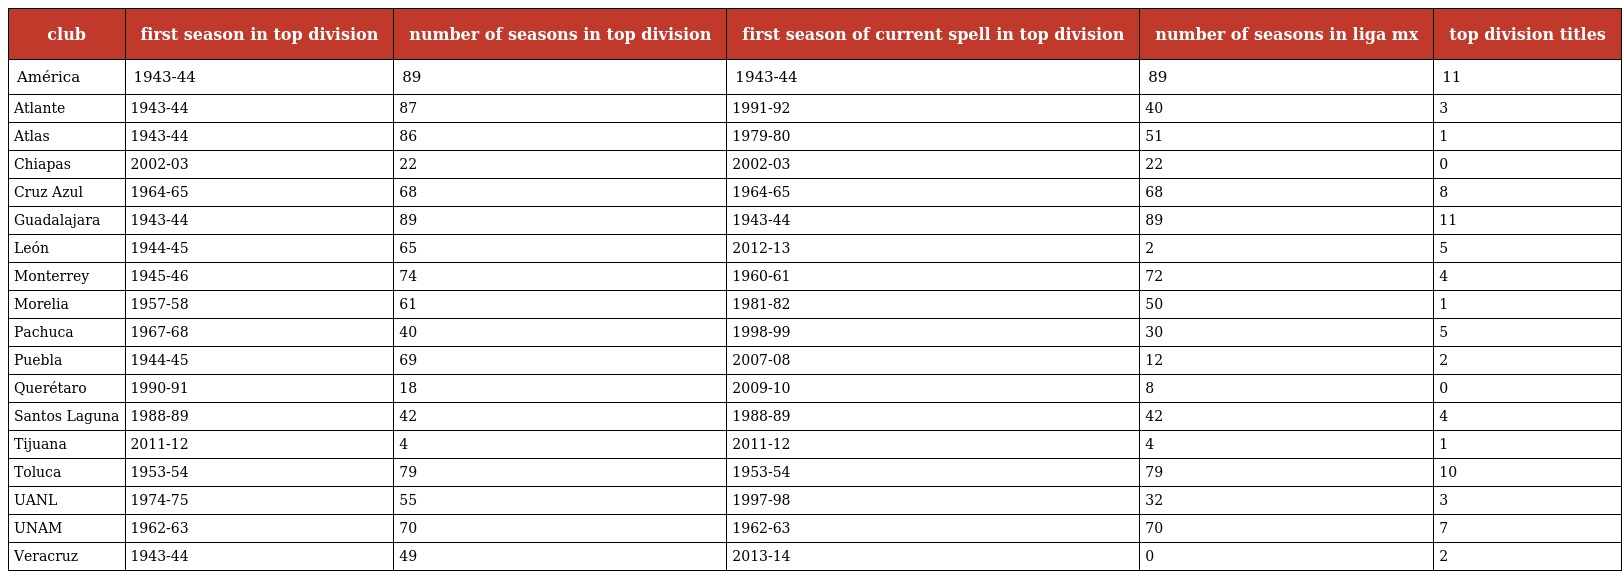
| club | first season in top division | number of seasons in top division | first season of current spell in top division | number of seasons in liga mx | top division titles |
 | --- | --- | --- | --- | --- | --- |
 | América | 1943-44 | 89 | 1943-44 | 89 | 11 |
 | Atlante | 1943-44 | 87 | 1991-92 | 40 | 3 |
 | Atlas | 1943-44 | 86 | 1979-80 | 51 | 1 |
 | Chiapas | 2002-03 | 22 | 2002-03 | 22 | 0 |
 | Cruz Azul | 1964-65 | 68 | 1964-65 | 68 | 8 |
 | Guadalajara | 1943-44 | 89 | 1943-44 | 89 | 11 |
 | León | 1944-45 | 65 | 2012-13 | 2 | 5 |
 | Monterrey | 1945-46 | 74 | 1960-61 | 72 | 4 |
 | Morelia | 1957-58 | 61 | 1981-82 | 50 | 1 |
 | Pachuca | 1967-68 | 40 | 1998-99 | 30 | 5 |
 | Puebla | 1944-45 | 69 | 2007-08 | 12 | 2 |
 | Querétaro | 1990-91 | 18 | 2009-10 | 8 | 0 |
 | Santos Laguna | 1988-89 | 42 | 1988-89 | 42 | 4 |
 | Tijuana | 2011-12 | 4 | 2011-12 | 4 | 1 |
 | Toluca | 1953-54 | 79 | 1953-54 | 79 | 10 |
 | UANL | 1974-75 | 55 | 1997-98 | 32 | 3 |
 | UNAM | 1962-63 | 70 | 1962-63 | 70 | 7 |
 | Veracruz | 1943-44 | 49 | 2013-14 | 0 | 2 |